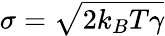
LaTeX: \sigma=\sqrt{2k_{B}{T}\gamma}